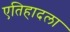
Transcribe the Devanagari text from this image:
एतिहादला